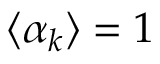
\langle \alpha _ { k } \rangle = 1